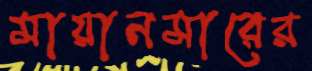
মায়ানমারের